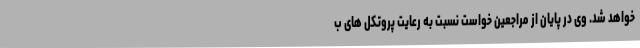
خواهد شد. وی در پایان از مراجعین خواست نسبت به رعایت پروتکل های ب